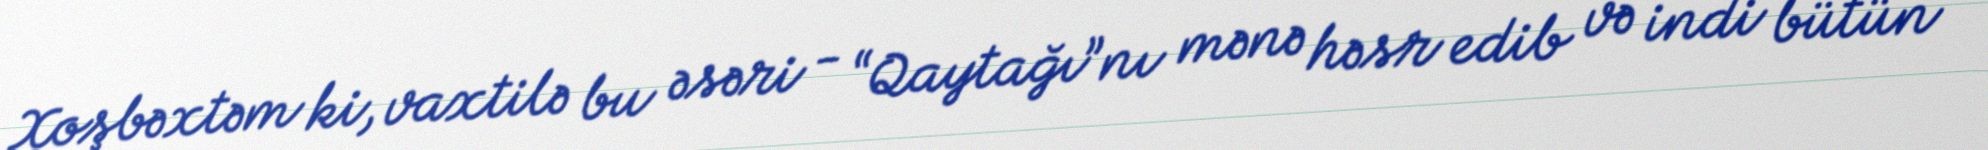
Xoşbəxtəm ki, vaxtilə bu əsəri - “Qaytağı”nı mənə həsr edib və indi bütün